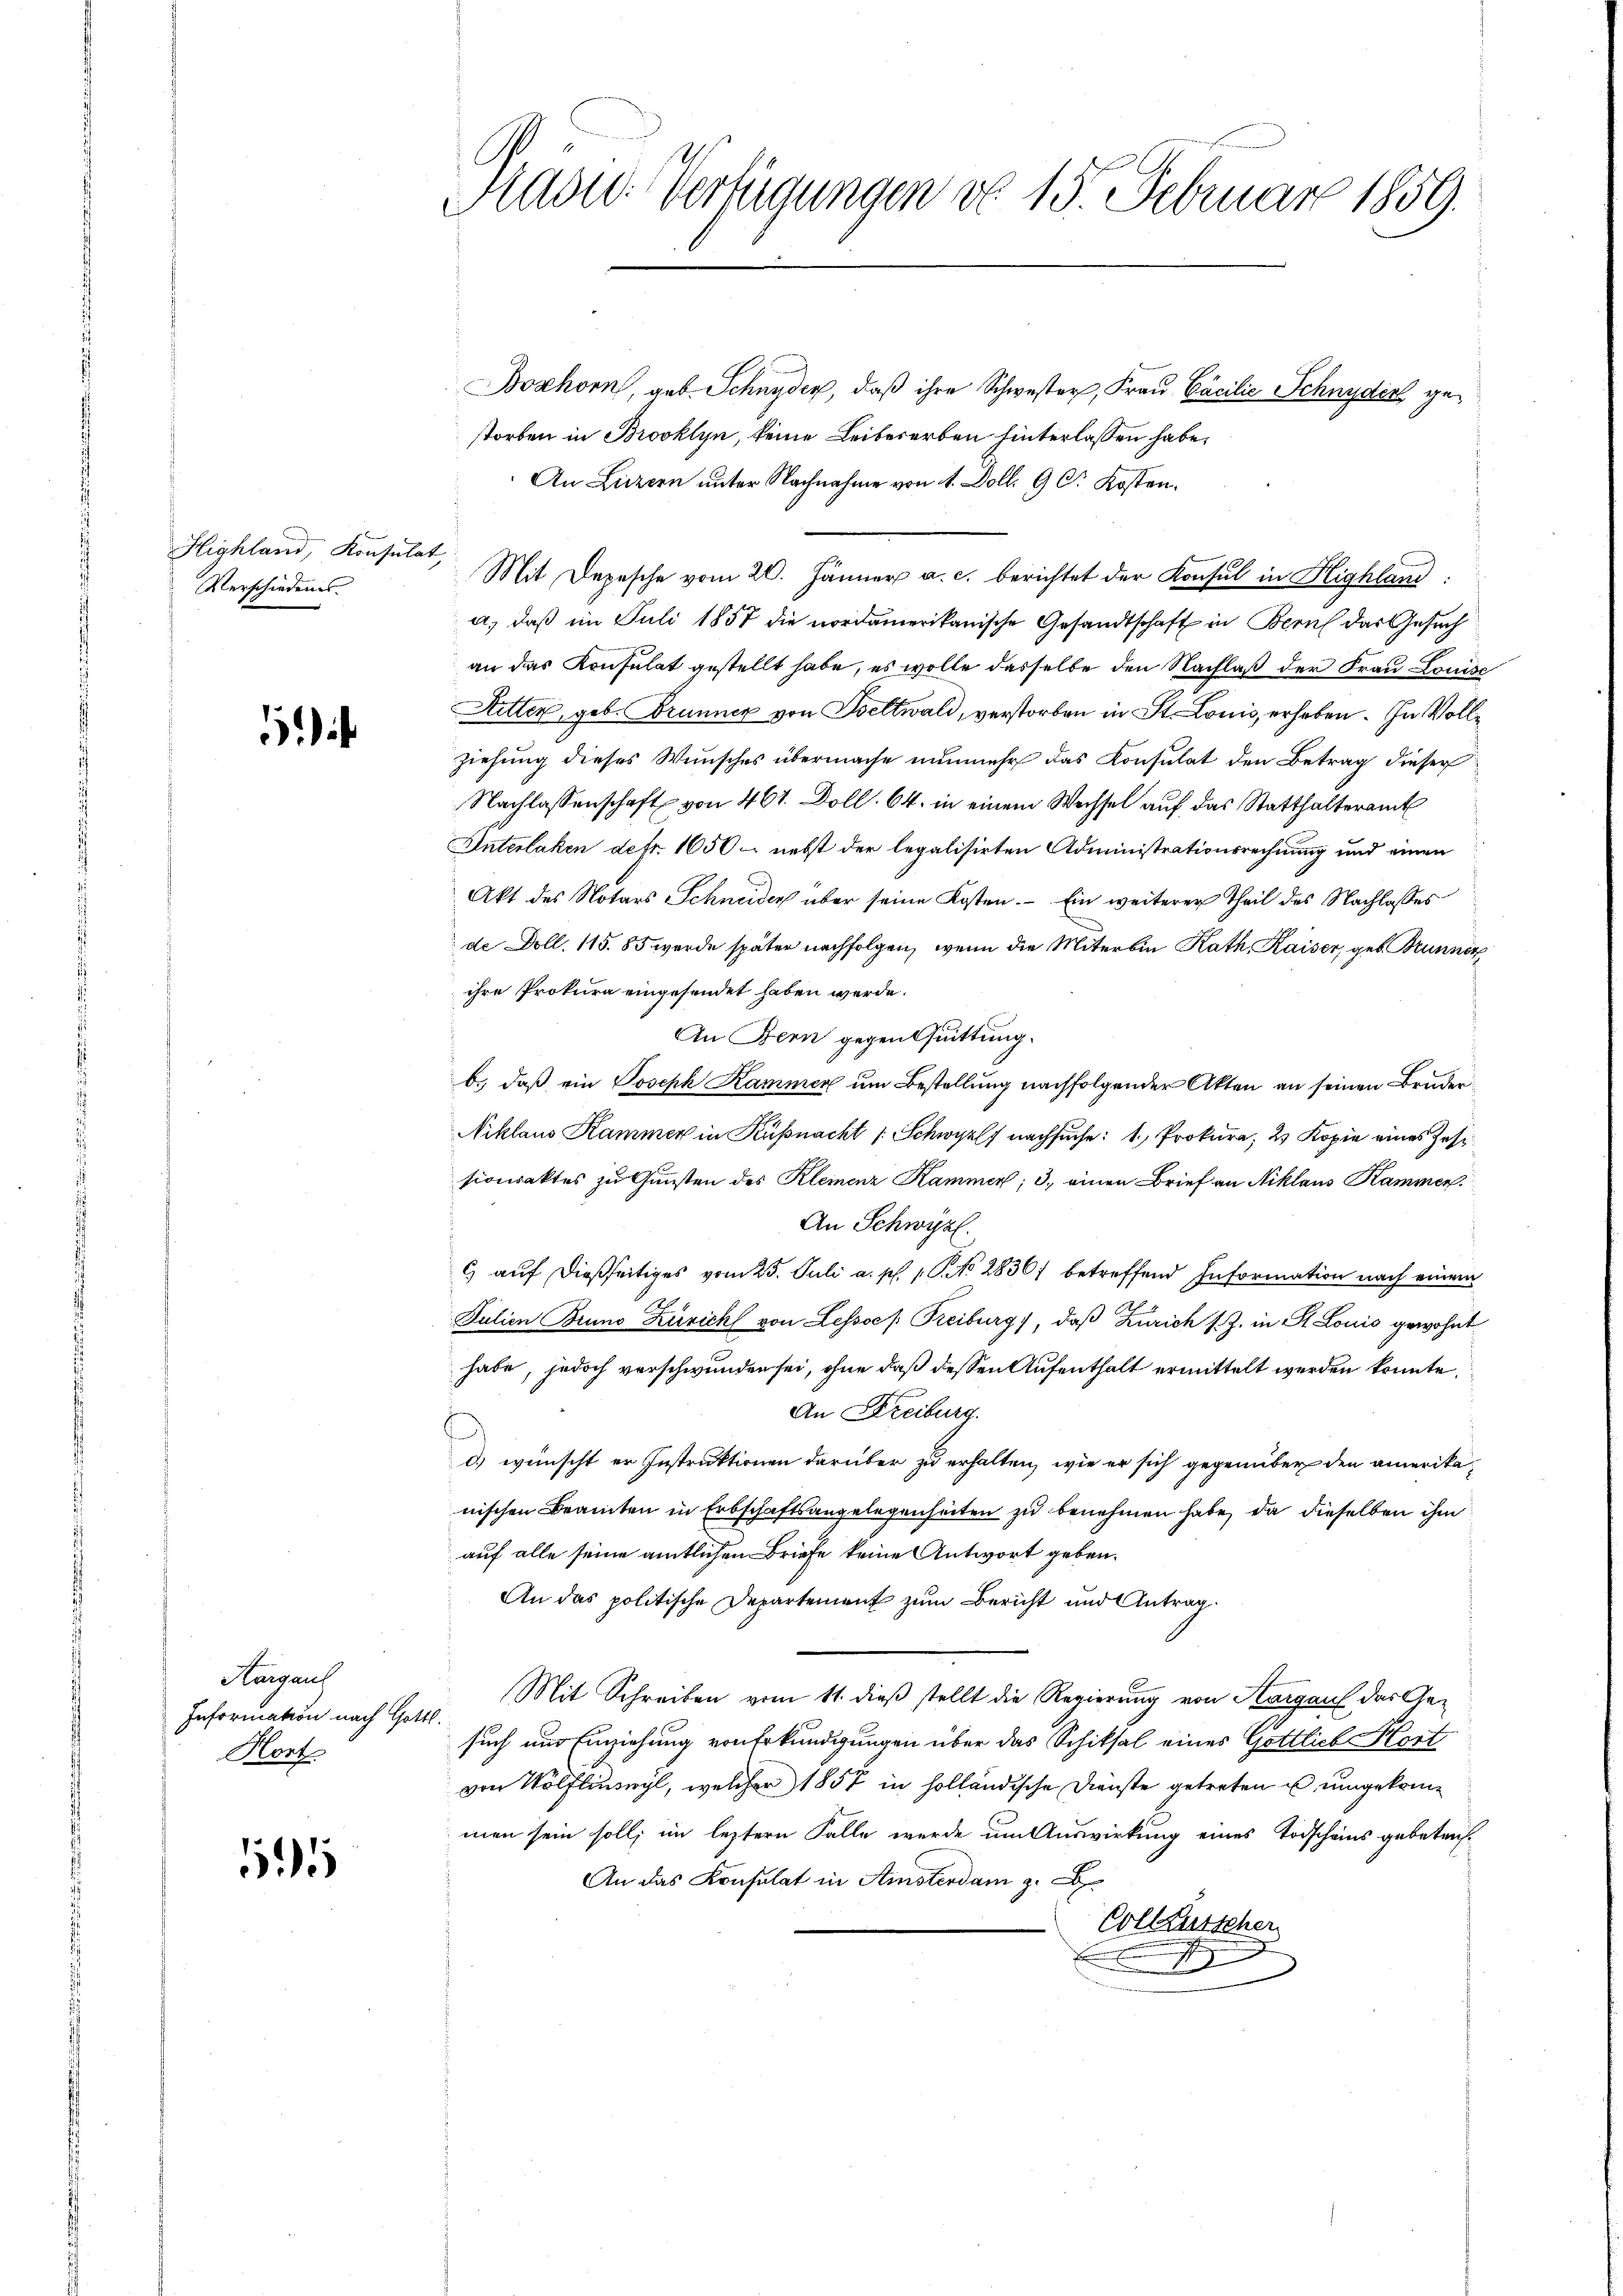
Highland, Konsulat,
Verschiedenes.

i

Hargauf
Information nach Gott
Kont

15

Hadw. Verfügungen d. 15. Februar 1859.

Boshorn, geb. Schnyder, daß ihre Schwester, Frau Cäcilie Schnyder gestorben in Brooklyn, keine Leibererben hinterlassen habe,
An Luzern unter Nachnahme von 14. Doll. 9 C. Kosten¬
Mit Depesche vom 20. Jänner a. c. berichtet der Konsul in Highland:
a.) daß im Juli 1857 die nordamerikanische Gesandtschaft in Bern das Gesuch
an das Konsulat gestellt habe, es wolle dasselbe den Nachlaß der Frau Louise
Ritter, geb. Brunner von Seltwald, verstorben in St. Louis erhoben. In Vollziehung dieses Wunsches übermache nunmehr das Konsulat den Betrag dieser
Nachlassenschaft von 461. Doll. 64. in einem Wechsel auf das Statthalteramt
Interlaken defr. 1650 - nebst der legalisirten Administrationsrechnung und einen
Akt des Notars Schneider über seine Kosten. - Ein weiterer Theil des Nachlasses
de Doll. 115. 85 wurde später nachfolgen, wenn die Miter bin Rath Kaiser, geb. Brunner
ihre Prokura eingesendet haben werde.
An Bern gegen Quittung.
b. daß ein Joseph Kammer um Bestellung nachfolgender Akten an seinen Bruder¬
Niklaus Kammer in Küßnacht (Schwyzlf nachsuche: 1. Prokura, 2 Kopie eines Zussionsaktes zu Gunsten des Kleinenz Kammen; 3. einen Brief an Niklaus Kammen
An Schwyz.
c auf dießseitiges vom 25. Juli a. p. 1. No 2836) betreffend Information nach einem
Julien Bruno Zürich von Lessor Freiburg), daß Zürich s. Z. in St. Louis gewohnt
habe, jedoch verschwunden sei, ohne daß dessen Aufenthalt ermittelt werden könnte,
An Freiburg.
d) wünscht er Instruktionen darüber zu erhalten, wie er sich gegenüber den amerikanischen Beamten in Erbschaftsangelegenheiten zu benehmen habe, da dieselben ihm
auf alle seine amtlichen Briefe keine Antwort geben.
An das politische Departement zum Bericht und Antrag
Mit Schreiben vom 11. dieß stellt die Regierung von Aargau der Gesuch aus Einziehung von Erkundigungen über das Schiksal eines Gottlich Hart
von Wölflinswyl, welcher 1857 in holländische Dienste getreten u umgekommen sein soll; im leztern Falle wurde um Auswirkung eines Todscheins gebeten.
An das Konsulat in Amsterdam z. B
Collausscher
 nichtig